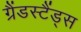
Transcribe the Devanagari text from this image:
ग्रैंडस्टैंड्स